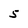
Character: 5